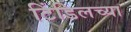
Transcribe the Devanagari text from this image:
टिंडिलच्या